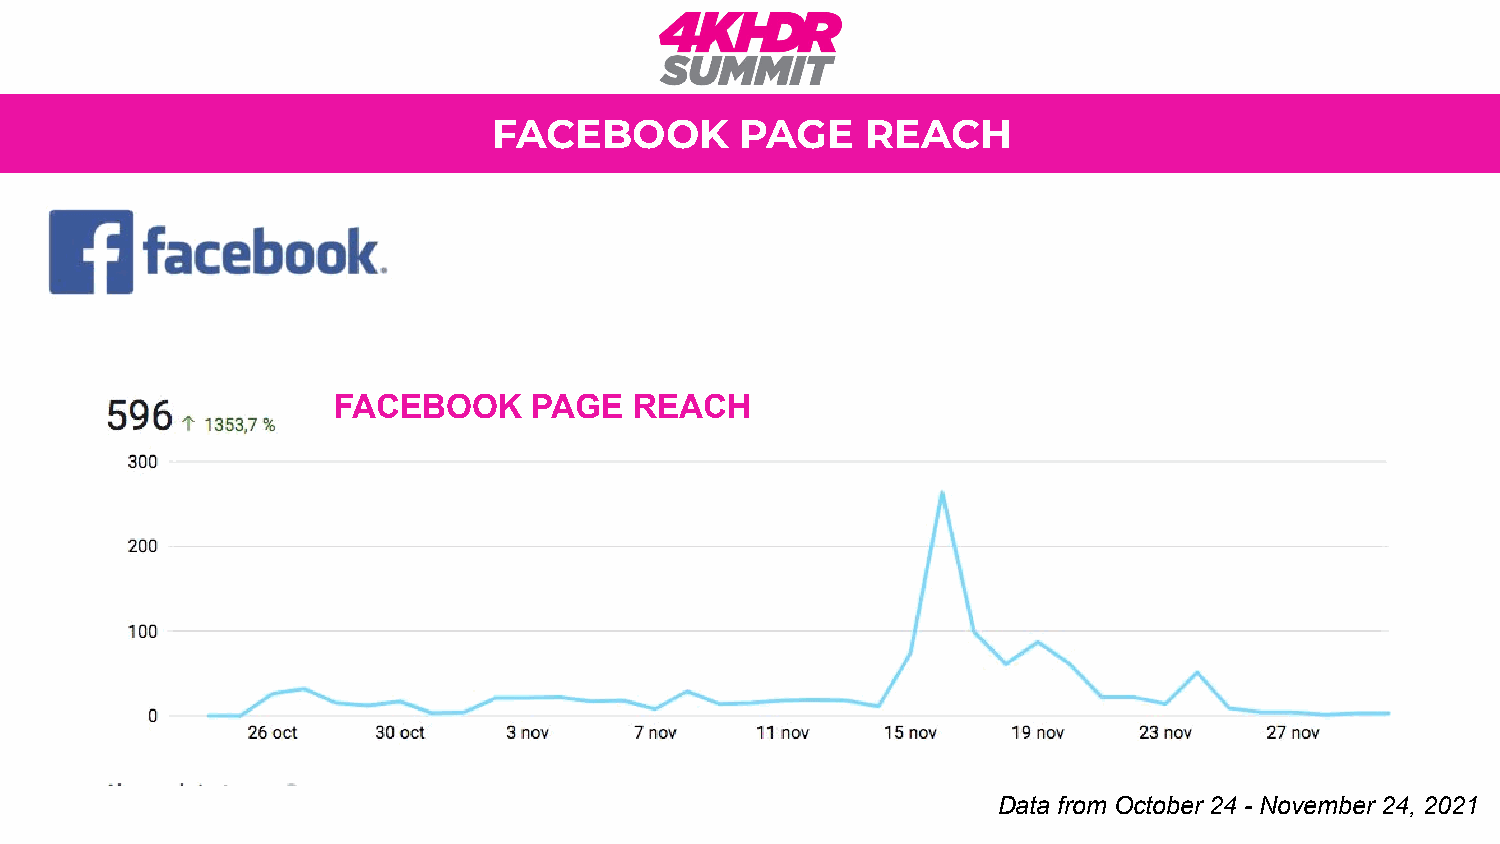
FACEBOOK        PAGE    REACH
 FACEBOOK     PAGE   REACH
 Data from October 24 - November 24, 2021